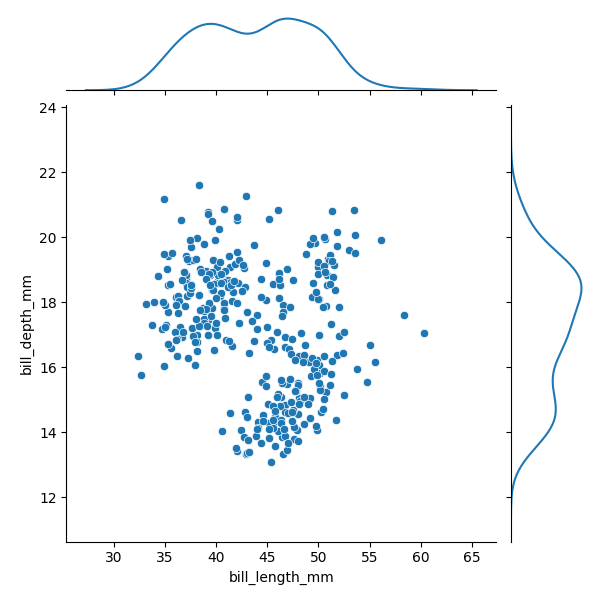
python, seaborn, JointGrid, scatterplot, kdeplot